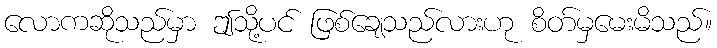
လောကဆိုသည်မှာ ဤသို့ပင် ဖြစ်ချေသည်လားဟု စိတ်မှမေးမိသည်။